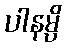
ပါနမ္ပိ